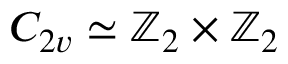
C _ { 2 v } \simeq \mathbb { Z } _ { 2 } \times \mathbb { Z } _ { 2 }